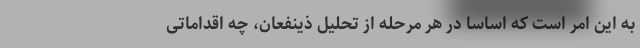
به این امر است که اساساً در هر مرحله از تحلیل ذینفعان، چه اقداماتی